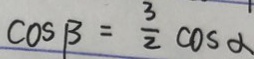
\cos \beta = \frac { 3 } { 2 } \cos \alpha